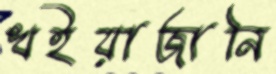
খইয়াজানি